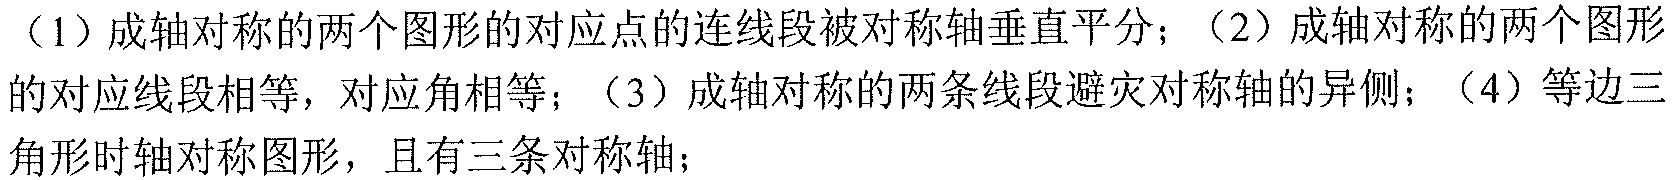
（1）成轴对称的两个图形的对应点的连线段被对称轴垂直平分；（2）成轴对称的两个图形的对应线段相等，对应角相等；（3）成轴对称的两条线段**必在**对称轴的异侧；（4）等边三角形是轴对称图形，且有三条对称轴；